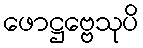
ဖောဋ္ဌဗ္ဗေသုပိ